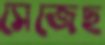
সেজেছ